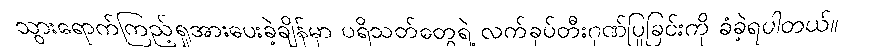
သွားရောက်ကြည့်ရှုအားပေးခဲ့ချိန်မှာ ပရိသတ်တွေရဲ့ လက်ခုပ်တီးဂုဏ်ပြုခြင်းကို ခံခဲ့ရပါတယ်။